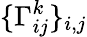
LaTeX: \{ \Gamma_{ij}^{k}\} _{i,j}